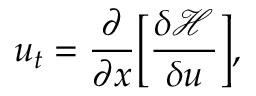
u _ { t } = \frac { \partial } { \partial x } \Big [ \frac { \delta \mathcal { H } } { \delta u } \Big ] ,